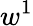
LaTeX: w^{1}